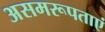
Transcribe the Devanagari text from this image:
असमरूपताएं